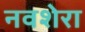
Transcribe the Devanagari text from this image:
नवशेरा